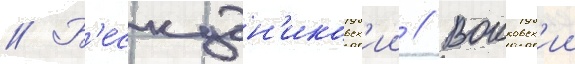
// Б'ескудн'иковск'ии // Воиковск'ии